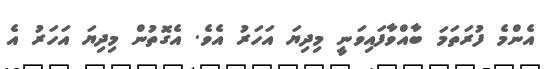
އެންމެ ފުރަތަމަ ބާއްވާފައިވަނީ މިދިޔަ އަހަރު އެވެ. އެގޮތުން މިދިޔަ އަހަރު އެ